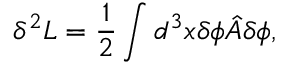
\delta ^ { 2 } L = \frac { 1 } { 2 } \int d ^ { 3 } x \delta \phi { \hat { A } } \delta \phi ,